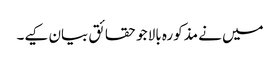
میں نے مذکورہ بالا جو حقائق بیان کیے۔